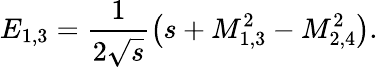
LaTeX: E_{1,3}=\frac{1}{2\sqrt{s}}\left(s+M_{1,3}^{2}-M_{2,4}^{2}\right).